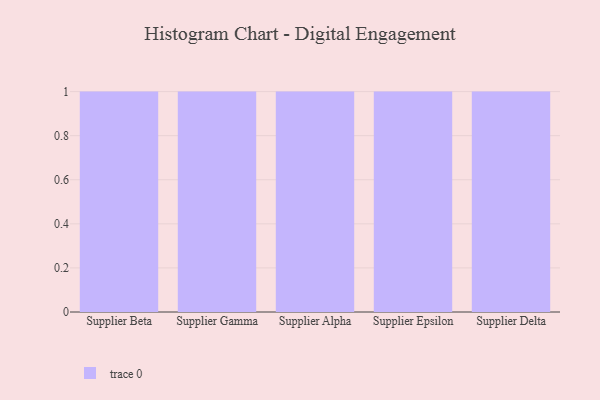
{"axis": {"x": "Supplier", "y": "Website Visitors"}, "legend": [""], "data": [{"x": "Supplier Beta", "y": 90, "type": ""}, {"x": "Supplier Gamma", "y": 65, "type": ""}, {"x": "Supplier Alpha", "y": 66, "type": ""}, {"x": "Supplier Epsilon", "y": 19, "type": ""}, {"x": "Supplier Delta", "y": 7, "type": ""}]}